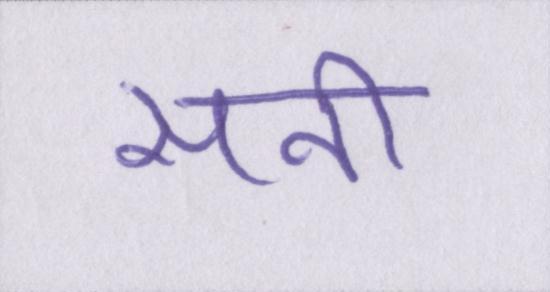
सनी